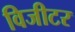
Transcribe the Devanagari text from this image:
विजीटर